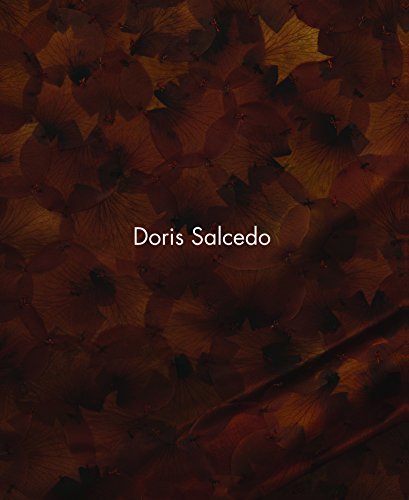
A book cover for Doris Salcedo; Arts & Photography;